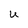
Character: u